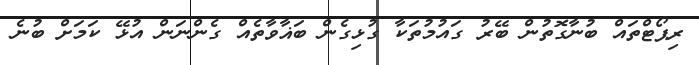
ރިޕޯޓްތައް ބުނާގޮތުން ބޭރު ގައުމުތަކާ ގުޅިގެން ބަޣާވާތެއް ގެންނަން އުޅޭ ކަމަށް ބުނެ